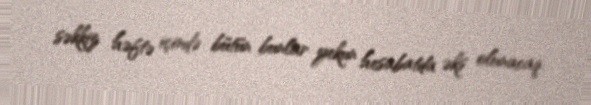
səkkiz həftə içində bütün bunlar yekun hesabatda əks olunacaq.